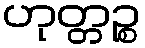
ဟုတ္တဉ္စ